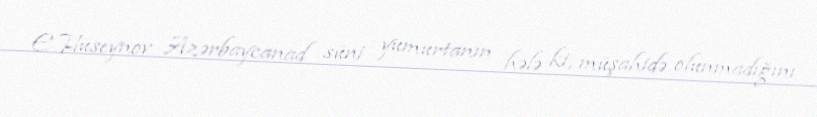
E.Hüseynov Azərbaycanad süni yumurtanın hələ ki, müşahidə olunmadığını